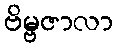
ဗိမ္ဗဇာလာ